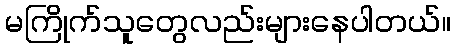
မကြိုက်သူတွေလည်းများနေပါတယ်။